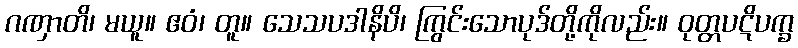
ဂဏှာတိ၊ မယူ။ ဧဝံ၊ တူ။ သေသပဒါနိပိ၊ ကြွင်းသောပုဒ်တို့ကိုလည်း။ ဝုတ္တပဋိပက္ခ